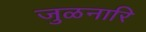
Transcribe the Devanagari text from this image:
जुळनारि